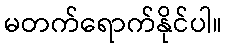
မတက်ရောက်နိုင်ပါ။